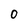
Character: 0